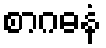
စာဂဓနံ